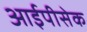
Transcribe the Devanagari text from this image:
आईपीसेक